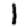
Digit: 1